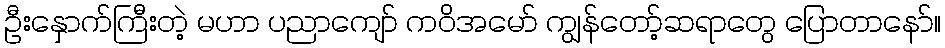
ဦးနှောက်ကြီးတဲ့ မဟာ ပညာကျော် ကဝိအမော် ကျွန်တော့်ဆရာတွေ ပြောတာနော်။